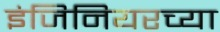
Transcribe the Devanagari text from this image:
इंजिनियरच्या